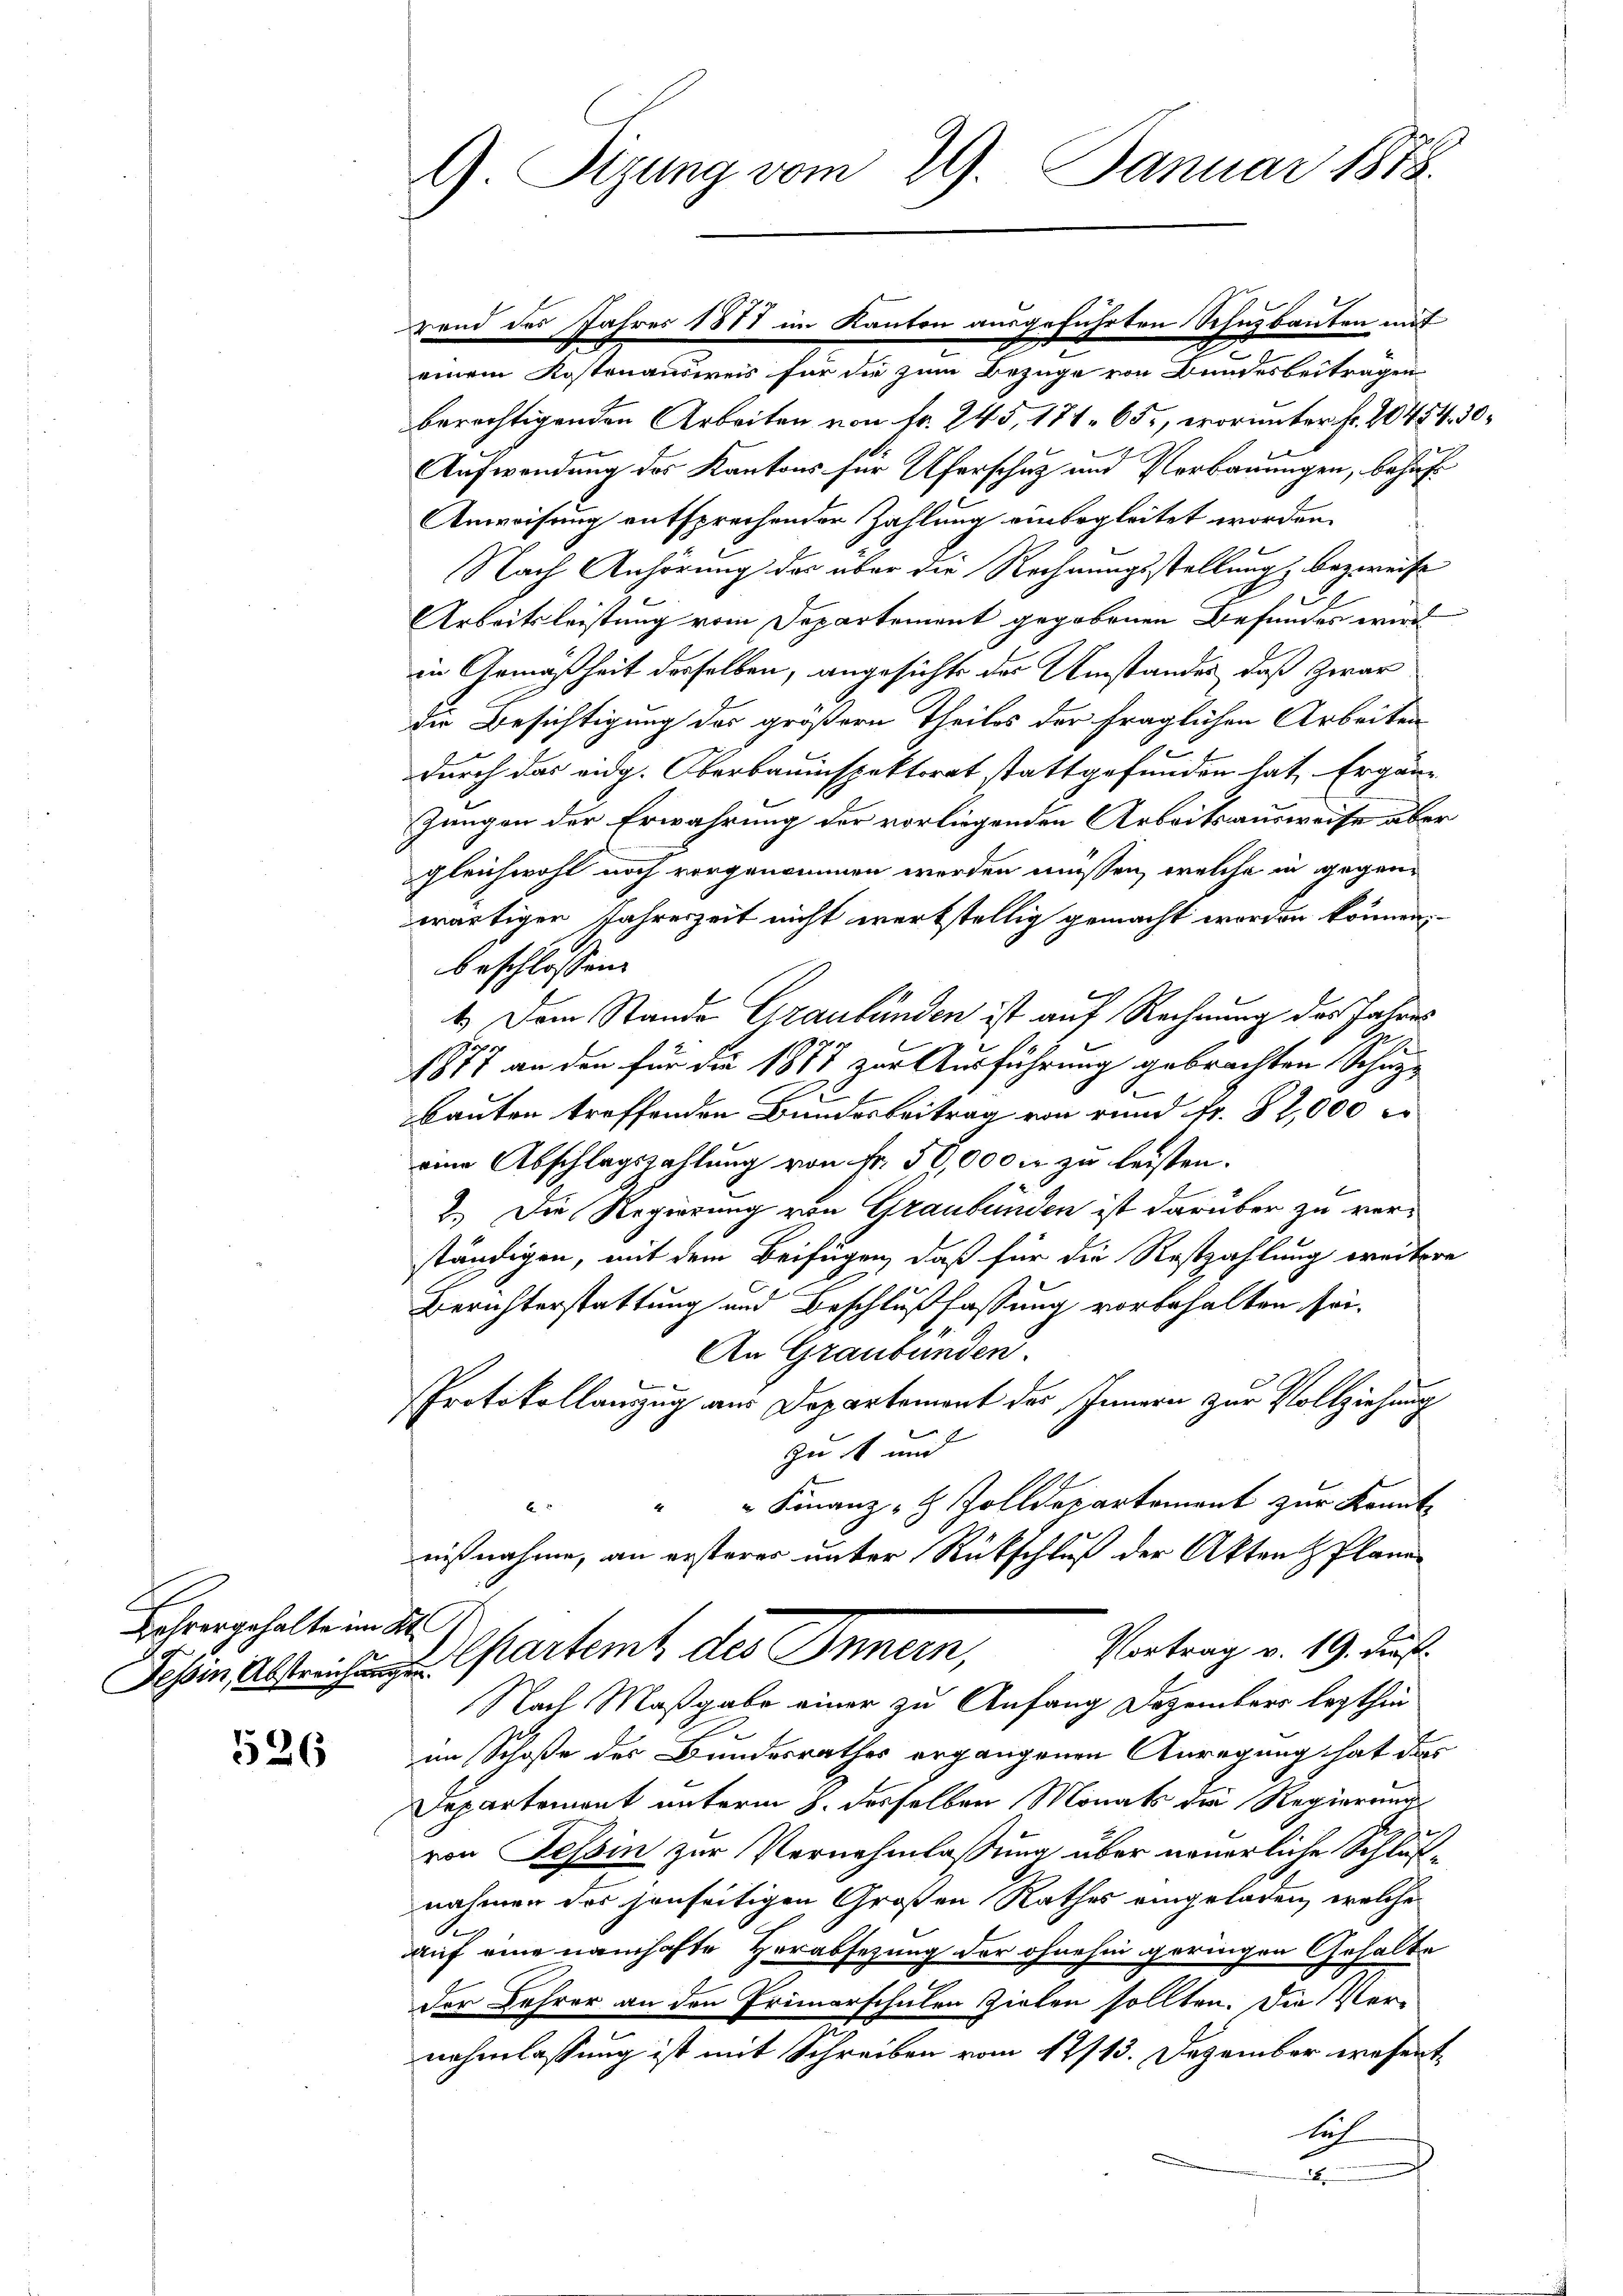
Lehrer gehalte im¬
Tessin, Abstreichun

526

G. Sitzung vom 29. Januar 1858.

berechtigenden Arbeiten von Fr. 245, 171. 65, worunter fr. 20454
Aufwendung des Kantons für Uferschutz und Verbauungen, behuf
Anweisung entsprechender Zahlung einbegleitet worden.
Nach Anhörung des über die Rechnungsstellung bezweife
Arbeitsleistung vom Departement gegebenen Befundes wird
in Gemäßheit desselben, angesichts der Umstandes, daß zwar
die Besichtigung des größern Theiles der fraglichen Arbeiten
durch das eidg. Oberbauinspektorat stattgefunden hat, Ergänz-
Zungen der Erwährung der vorliegenden Arbeitsausweise aber
gleichwohl noch vorgenommen werden müssen, welche in gegenwärtigen Jahreszeit nicht werkstellig gemacht worden können,
beschlossen.
4.) Dem Stande Graubünden ist auf Rechnung des Jahres
.
1877 an den für die 1877 zur Ausführung gebrachten Schutz¬
Bauten treffenden Bundesbeitrag von rund fr. 82,000
eine Abschlagszahlung von Fr. 50,000 u. zu leisten.
2.) Die Regierung von Graubünden ist darüber zu verständigen, mit dem Beifügen, daß für die Restzahlung weitere
Berichterstattung und Beschlußfassung vorbehalten sei¬
An Graubünden.
Protokollanzug aus Departement des Innern zur Vollziehung
zu 1 und
" Finanz- & Zolldepartement zur Kennt-
6
nißnahme, an ersteres unter Rückschluß der Akten Plane
4
Vortrag v. 19. Dist.
Departent des Innern,
Nach Maßgabe einer zu Anfang Dezember lezthin
im Schoße des Bundesrathes ergangenen Anregung hat das
Departement unterm 8. desselben Monats die Regierung
von Tessin zur Vernehmlassung über neuerliche Schlußnahmen des jenseitigen Großen Rathes eingeladen, welche
auf eine namhafte Verabsetzung der ohnehin geringen Gehalte
Der Lehrer an den Primarschulen Zielen sollten. Die Vernahmlassung ist mit Schreiben vom 12/13. Dezember wesentlich

rend des Jahres 1888 im Kanton ausgeführten Schuzbauten mit
einem Kostenausweis für die zum Bezüge von Bundesbeiträgen